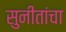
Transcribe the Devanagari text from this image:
सुनीतांचा